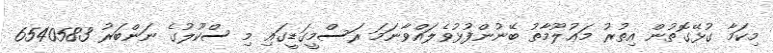
މިކަމާ ގުޅޭގޮތުން އިތުރު މަޢުލޫމާތު ބޭނުންފުޅުވެލައްވާނަމަ ރަސްމީގަޑީގައި މި ސްކޫލުގެ ނަންބަރު 6540583